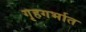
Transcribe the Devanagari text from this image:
गृहगर्भात